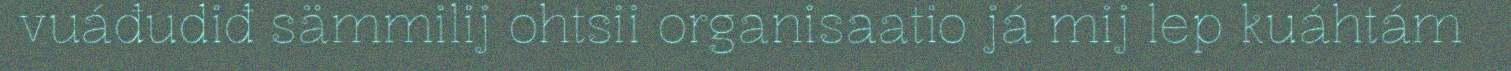
vuáđudiđ sämmilij ohtsii organisaatio já mij lep kuáhtám